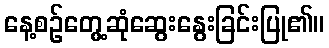
နေ့စဉ်တွေ့ဆုံဆွေးနွေးခြင်းပြု၏။